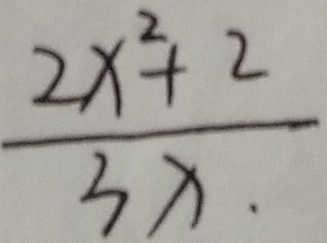
\frac { 2 x ^ { 2 } + 2 } { 3 x }